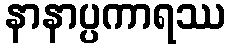
နာနာပ္ပကာရဿ